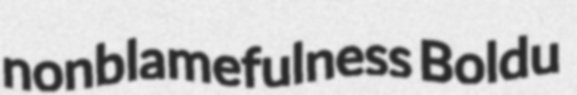
nonblamefulness Boldu